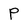
Character: P